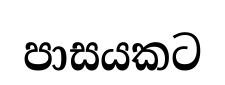
පාසයකට